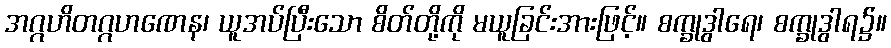
အဂ္ဂဟိတဂ္ဂဟဏေန၊ ယူအပ်ပြီးသော စိတ်တို့ကို မယူခြင်းအားဖြင့်။ စက္ခုဒွါရေ၊ စက္ခုဒွါရ၌။